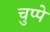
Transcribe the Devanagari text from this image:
चुप्पे